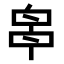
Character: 𠵓